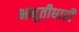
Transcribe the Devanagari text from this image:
भभूतीधारी